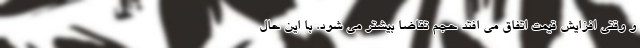
و وقتی افزایش قیمت اتفاق می افتد حجم تقاضا بیشتر می شود. با این حال